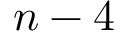
n - 4